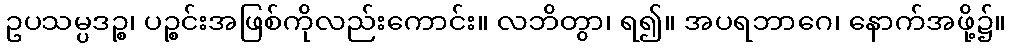
ဥပသမ္ပဒဉ္စ၊ ပဉ္စင်းအဖြစ်ကိုလည်းကောင်း။ လဘိတွာ၊ ရ၍။ အပရဘာဂေ၊ နောက်အဖို့၌။